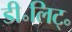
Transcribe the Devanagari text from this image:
डी॰लिट्॰